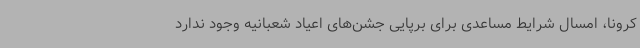
کرونا، امسال شرایط مساعدی برای برپایی جشن‌های اعیاد شعبانیه وجود ندارد